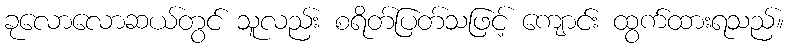
ခုလောလောဆယ်တွင် သူလည်း စရိတ်ပြတ်သဖြင့် ကျောင်း ထွက်ထားရသည်။